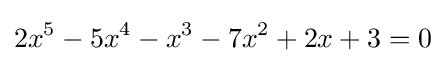
2x^{5}-5x^{4}-x^{3}-7x^{2}+2x+3=0